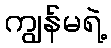
ကျွန်မရဲ့